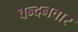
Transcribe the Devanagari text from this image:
वन्‍दनवार